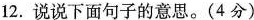
12.说说下面句子的意思。(4分)